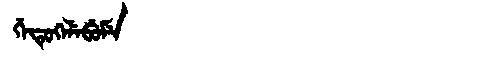
Manchu: ᡤᡝᡨᡠᡴᡝᠯᡝᠪᡠᠮᡝ
Romanization: GETUKELEBUME